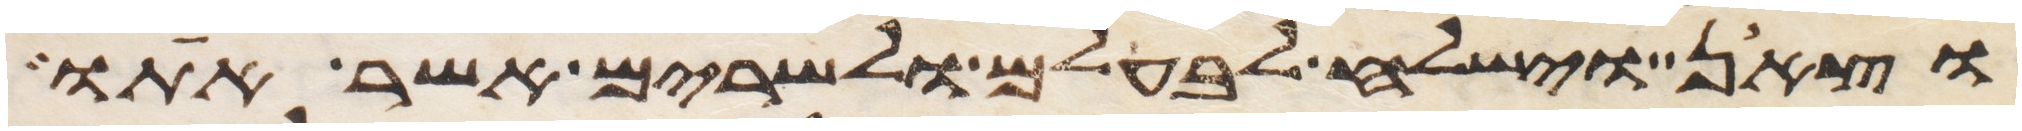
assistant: וצאן וישלח לבלעם ולשרים אשר אתו